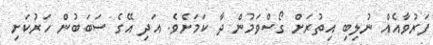
ފަރުވާއެއް ނުލިބި އިތުރަށް ގޯސްވަމުން ދާ ކަމަށެވެ. އަދި އޭގެ ސަބަބުން ހަރުކަށި